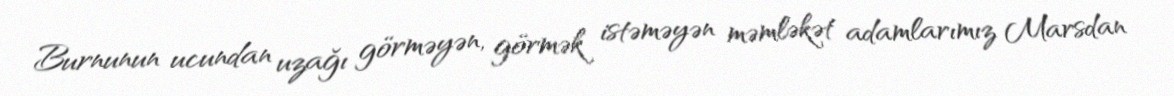
Burnunun ucundan uzağı görməyən, görmək istəməyən məmləkət adamlarımız Marsdan